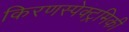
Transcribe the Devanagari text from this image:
किरणस्पेक्ट्रमिकी